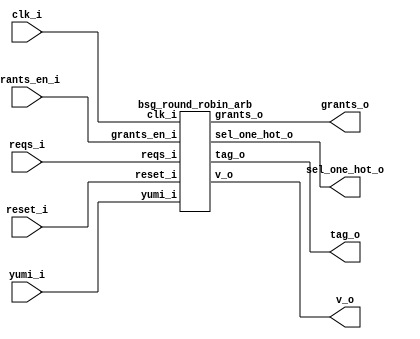


module top
(
  clk_i,
  reset_i,
  grants_en_i,
  reqs_i,
  grants_o,
  sel_one_hot_o,
  v_o,
  tag_o,
  yumi_i
);

  input [63:0] reqs_i;
  output [63:0] grants_o;
  output [63:0] sel_one_hot_o;
  output [5:0] tag_o;
  input clk_i;
  input reset_i;
  input grants_en_i;
  input yumi_i;
  output v_o;

  bsg_round_robin_arb
  wrapper
  (
    .reqs_i(reqs_i),
    .grants_o(grants_o),
    .sel_one_hot_o(sel_one_hot_o),
    .tag_o(tag_o),
    .clk_i(clk_i),
    .reset_i(reset_i),
    .grants_en_i(grants_en_i),
    .yumi_i(yumi_i),
    .v_o(v_o)
  );


endmodule



module bsg_round_robin_arb
(
  clk_i,
  reset_i,
  grants_en_i,
  reqs_i,
  grants_o,
  sel_one_hot_o,
  v_o,
  tag_o,
  yumi_i
);

  input [63:0] reqs_i;
  output [63:0] grants_o;
  output [63:0] sel_one_hot_o;
  output [5:0] tag_o;
  input clk_i;
  input reset_i;
  input grants_en_i;
  input yumi_i;
  output v_o;
  wire [63:0] grants_o,sel_one_hot_o;
  wire [5:0] tag_o;
  wire v_o,N0,N1,N2,N3,N4,N5,N6,N7,N8,N9,N10,N11,N12,N13,N14,N15,N16,N17,N18,N19,N20,
  N21,N22,N23,N24,N25,N26,N27,N28,N29,N30,N31,N32,N33,N34,N35,N36,N37,N38,N39,N40,
  N41,N42,N43,N44,N45,N46,N47,N48,N49,N50,N51,N52,N53,N54,N55,N56,N57,N58,N59,N60,
  N61;
  assign v_o = N61 | reqs_i[0];
  assign N61 = N60 | reqs_i[1];
  assign N60 = N59 | reqs_i[2];
  assign N59 = N58 | reqs_i[3];
  assign N58 = N57 | reqs_i[4];
  assign N57 = N56 | reqs_i[5];
  assign N56 = N55 | reqs_i[6];
  assign N55 = N54 | reqs_i[7];
  assign N54 = N53 | reqs_i[8];
  assign N53 = N52 | reqs_i[9];
  assign N52 = N51 | reqs_i[10];
  assign N51 = N50 | reqs_i[11];
  assign N50 = N49 | reqs_i[12];
  assign N49 = N48 | reqs_i[13];
  assign N48 = N47 | reqs_i[14];
  assign N47 = N46 | reqs_i[15];
  assign N46 = N45 | reqs_i[16];
  assign N45 = N44 | reqs_i[17];
  assign N44 = N43 | reqs_i[18];
  assign N43 = N42 | reqs_i[19];
  assign N42 = N41 | reqs_i[20];
  assign N41 = N40 | reqs_i[21];
  assign N40 = N39 | reqs_i[22];
  assign N39 = N38 | reqs_i[23];
  assign N38 = N37 | reqs_i[24];
  assign N37 = N36 | reqs_i[25];
  assign N36 = N35 | reqs_i[26];
  assign N35 = N34 | reqs_i[27];
  assign N34 = N33 | reqs_i[28];
  assign N33 = N32 | reqs_i[29];
  assign N32 = N31 | reqs_i[30];
  assign N31 = N30 | reqs_i[31];
  assign N30 = N29 | reqs_i[32];
  assign N29 = N28 | reqs_i[33];
  assign N28 = N27 | reqs_i[34];
  assign N27 = N26 | reqs_i[35];
  assign N26 = N25 | reqs_i[36];
  assign N25 = N24 | reqs_i[37];
  assign N24 = N23 | reqs_i[38];
  assign N23 = N22 | reqs_i[39];
  assign N22 = N21 | reqs_i[40];
  assign N21 = N20 | reqs_i[41];
  assign N20 = N19 | reqs_i[42];
  assign N19 = N18 | reqs_i[43];
  assign N18 = N17 | reqs_i[44];
  assign N17 = N16 | reqs_i[45];
  assign N16 = N15 | reqs_i[46];
  assign N15 = N14 | reqs_i[47];
  assign N14 = N13 | reqs_i[48];
  assign N13 = N12 | reqs_i[49];
  assign N12 = N11 | reqs_i[50];
  assign N11 = N10 | reqs_i[51];
  assign N10 = N9 | reqs_i[52];
  assign N9 = N8 | reqs_i[53];
  assign N8 = N7 | reqs_i[54];
  assign N7 = N6 | reqs_i[55];
  assign N6 = N5 | reqs_i[56];
  assign N5 = N4 | reqs_i[57];
  assign N4 = N3 | reqs_i[58];
  assign N3 = N2 | reqs_i[59];
  assign N2 = N1 | reqs_i[60];
  assign N1 = N0 | reqs_i[61];
  assign N0 = reqs_i[63] | reqs_i[62];

endmodule